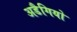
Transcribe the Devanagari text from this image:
अडैगियो